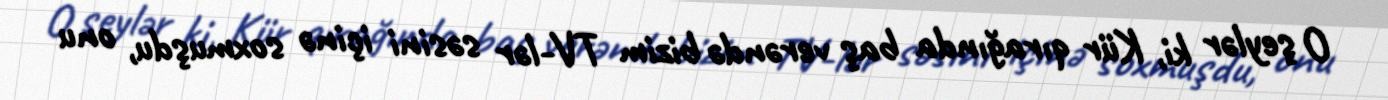
O şeylər ki, Kür qırağında baş verəndə bizim TV-lər səsini içinə soxmuşdu, onu